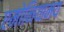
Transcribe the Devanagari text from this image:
एमोनियामय